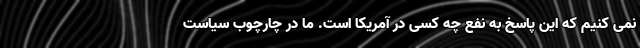
نمی کنیم که این پاسخ به نفع چه کسی در آمریکا است. ما در چارچوب سیاست